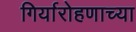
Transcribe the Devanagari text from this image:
गिर्यारोहणाच्या